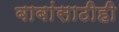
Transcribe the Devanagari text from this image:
बाबांसाठीही